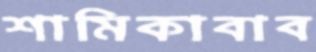
শামিকাবাব